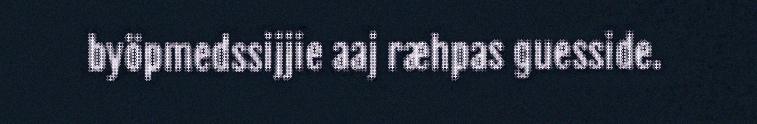
byöpmedssijjie aaj ræhpas guesside.